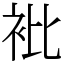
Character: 𧘱